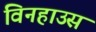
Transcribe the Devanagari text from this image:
विनहाउस